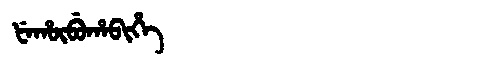
Manchu: ᡶᡝᡥᡡᠪᡠᡥᠠᠪᡳᡥᡝ
Romanization: FEHŪBUHABIHE